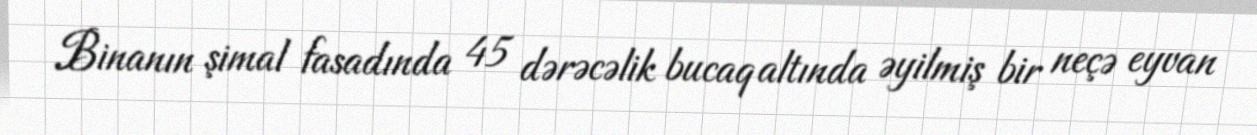
Binanın şimal fasadında 45 dərəcəlik bucaq altında əyilmiş bir neçə eyvan